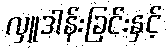
လှူဒါန်းခြင်းနှင့်